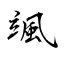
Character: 颯